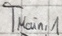
Text: TMain,1